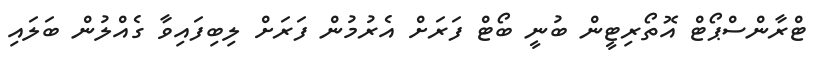
ޓްރާންސްޕޯޓް އޮތޯރިޓީން ބުނީ ބޯޓް ފަރަށް އެރުމުން ފަރަށް ލިބިފައިވާ ގެއްލުން ބަލައި